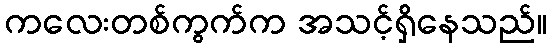
ကလေးတစ်ကွက်က အသင့်ရှိနေသည်။